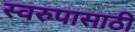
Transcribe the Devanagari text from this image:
स्वरुपासाठी